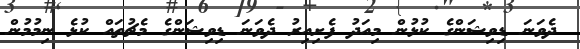
ދެވަނަ ޑިވިޝަންގެ ކުޅުން މިއަދު ފެށިއިރު ދެވަނަ ޑިވިޝަންގެ މެޗުތައް ކުޅެ ނިމުމުން